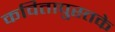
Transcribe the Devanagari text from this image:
कवितापुस्तके